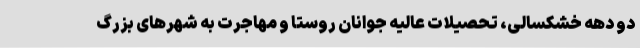
دو دهه خشکسالی، تحصیلات عالیه‌ جوانان روستا و مهاجرت به شهر‌های بزرگ